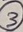
Text: 3